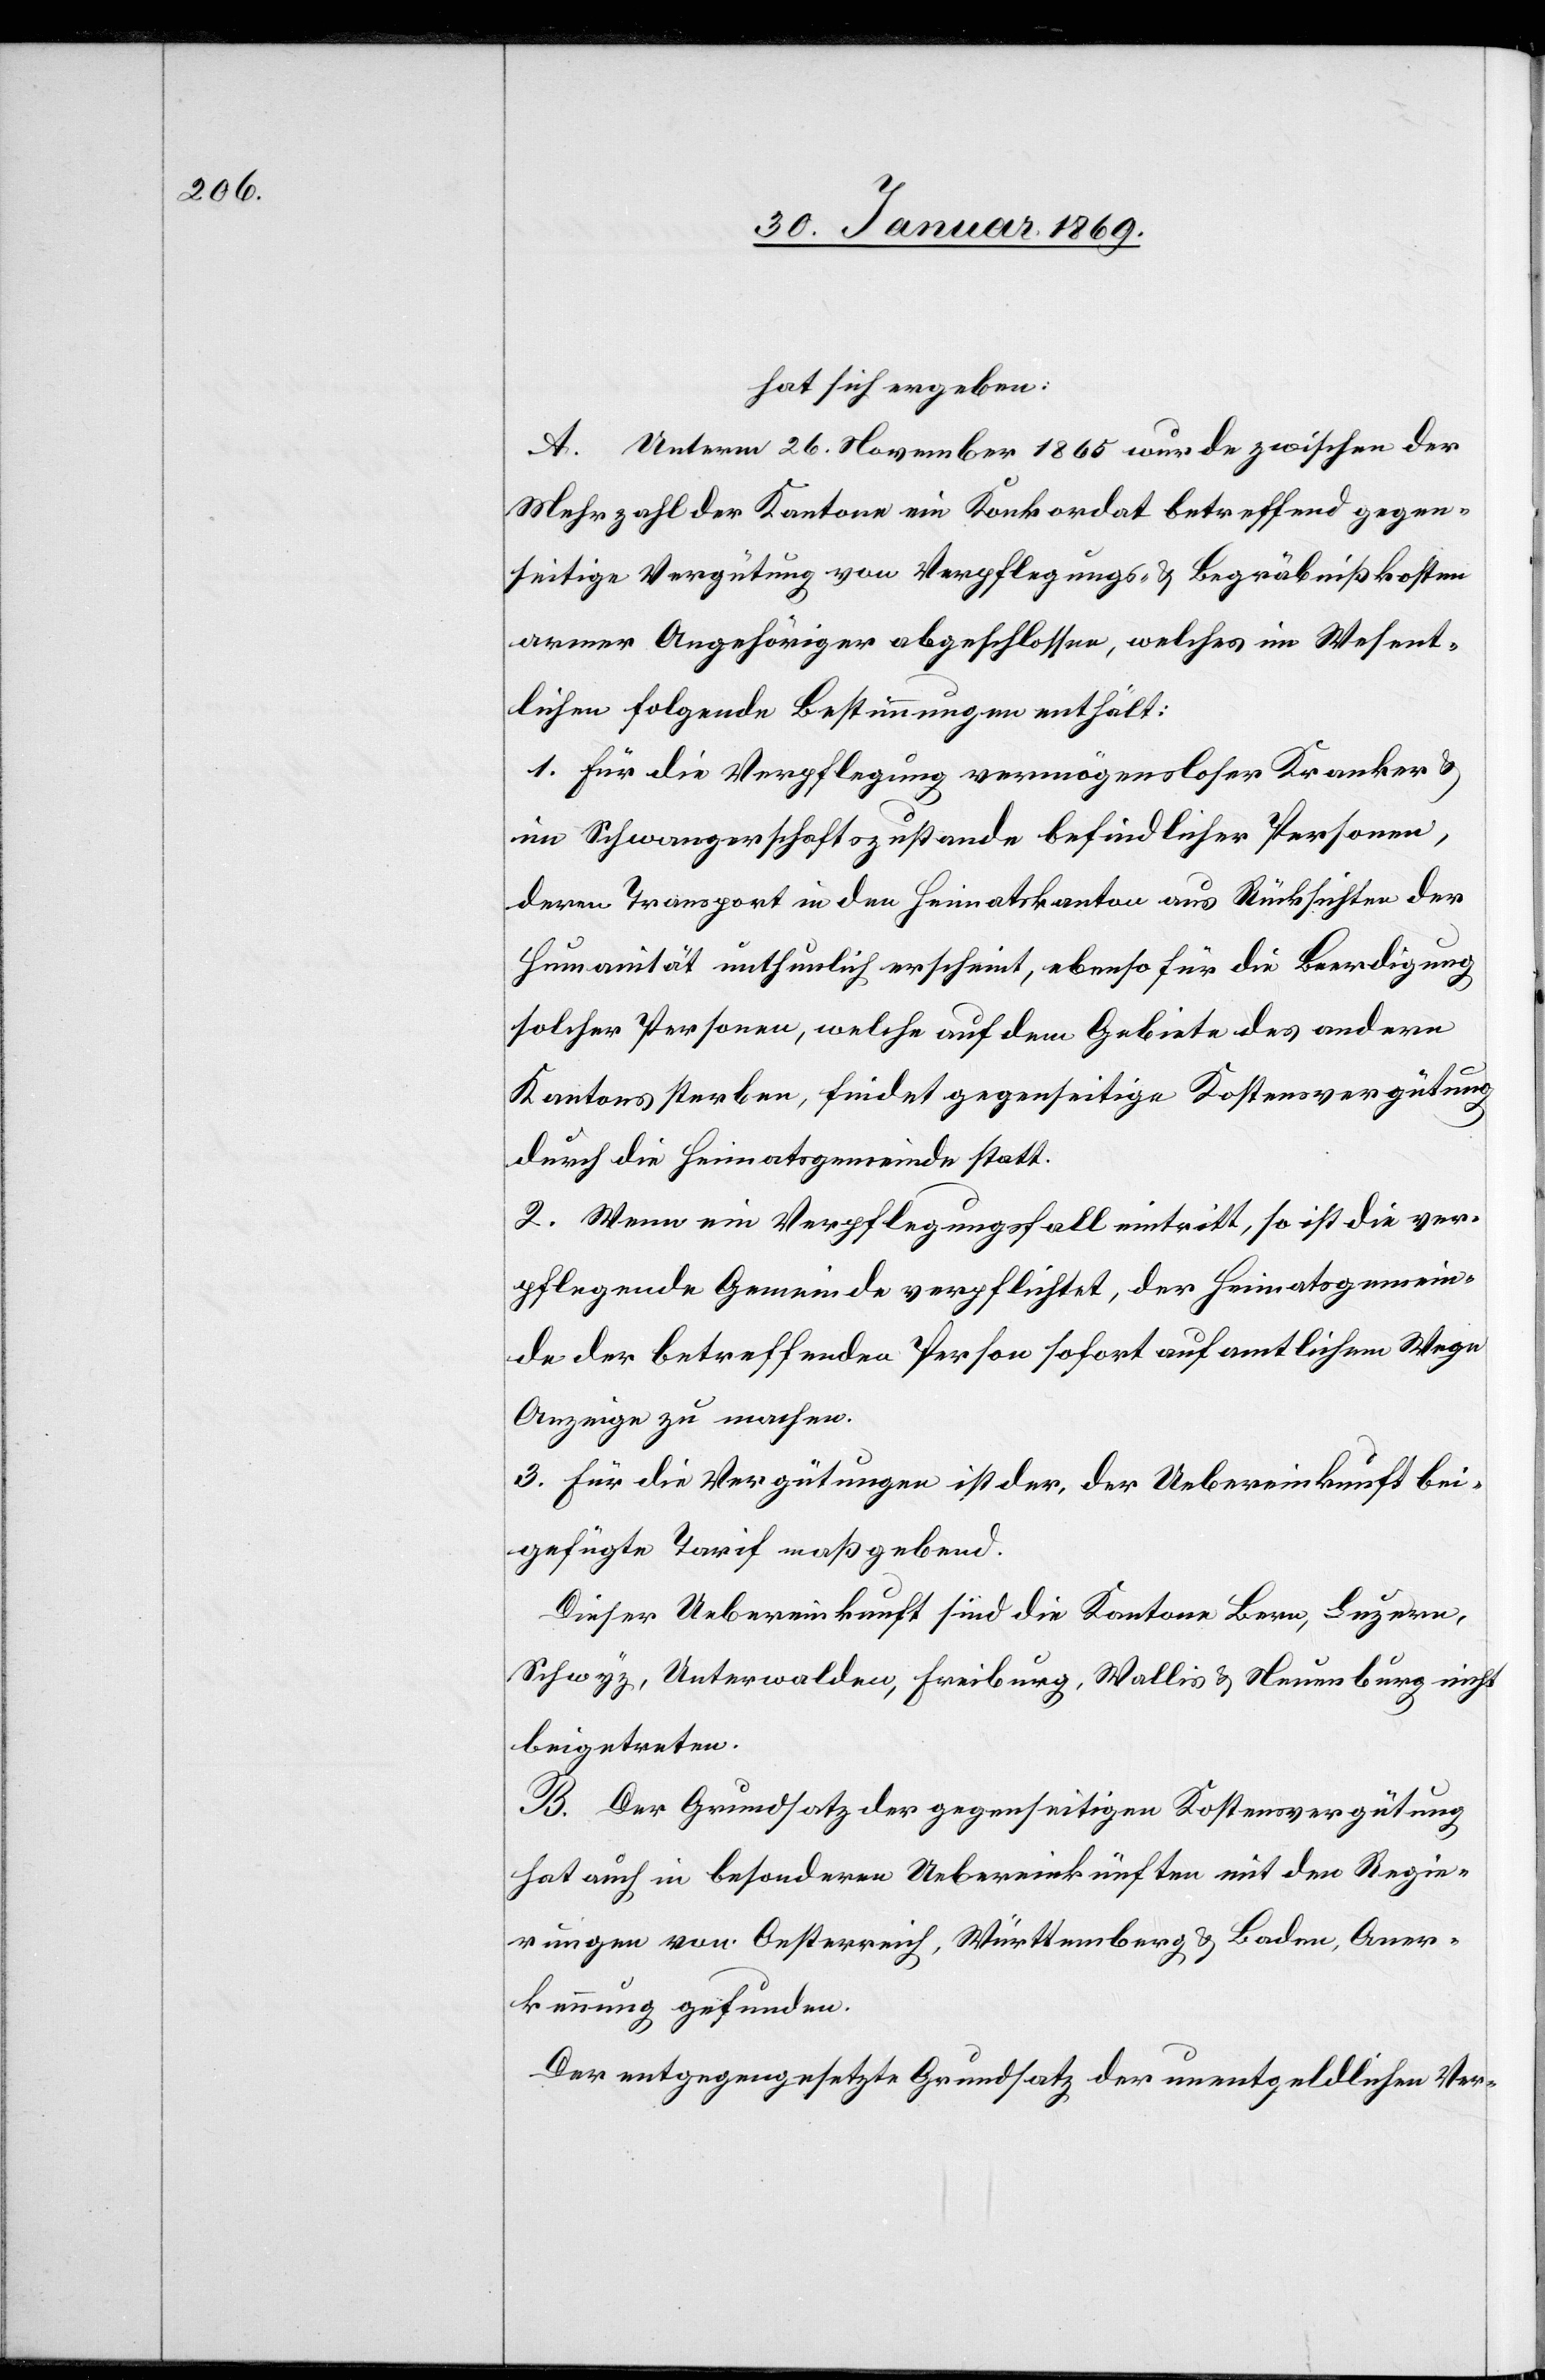
hat sich ergeben:
A. Unterm 26. November 1865 wurde zwischen der
Mehrzahl der Kantone ein Konkordat betreffend gegen¬
seitige Vergütung von Verpflegungs- & Begräbnißkosten
armer Angehöriger abgeschlossen, welches im Wesent¬
lichen folgende Bestimmungen enthält:
1. Für die Verpflegung vermögensloser Kranker &
im Schwangerschaftszustande befindlicher Personen,
deren Transport in den Heimatkanton aus Rücksichten der
Humanität unthunlich erscheint, ebenso für die Beerdigung
solcher Personen, welche auf dem Gebiete des andern
Kantons sterben, findet gegenseitige Kostenvergütung
durch die Heimatgemeinde statt.
2. Wenn ein Verpflegungsfall eintritt, so ist die ver¬
pflegende Gemeinde verpflichtet, der Heimatsgemein¬
de der betreffenden Person sofort auf amtlichem Wege
Anzeige zu machen.
3. Für die Vergütungen ist der, der Uebereinkunft bei¬
gefügte Tarif maßgebend.
Dieser Uebereinkunft sind die Kantone Bern, Luzern,
Schwyz, Unterwalden, Freiburg, Wallis & Neuenburg nicht
beigetreten.
B. Der Grundsatz der gegenseitigen Kostenvergütung
hat auch in besonderen Uebereinkünften mit den Regie¬
rungen von Oesterreich, Württemberg, & Baden, Aner¬
kennung gefunden.
Der entgegengesetzte Grundsatz der unentgeldlichen Ver-